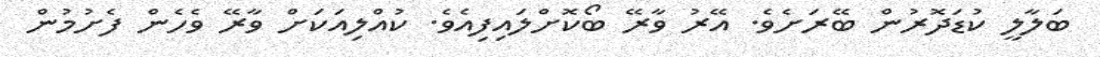
ބަލާލީ ކުޑަދޮރުން ބޭރަށެވެ. އޭރު ވާރޭ ބޯކޮށްލައިފިއެވެ. ކުއްލިއަކަށް ވާރޭ ވެހެން ފެށުމުން